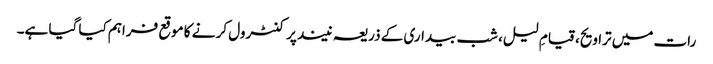
رات میں تراویح، قیامِ لیل، شب بیداری کے ذریعہ نیند پر کنٹرول کر نے کا موقع فراہم کیا گیا ہے۔